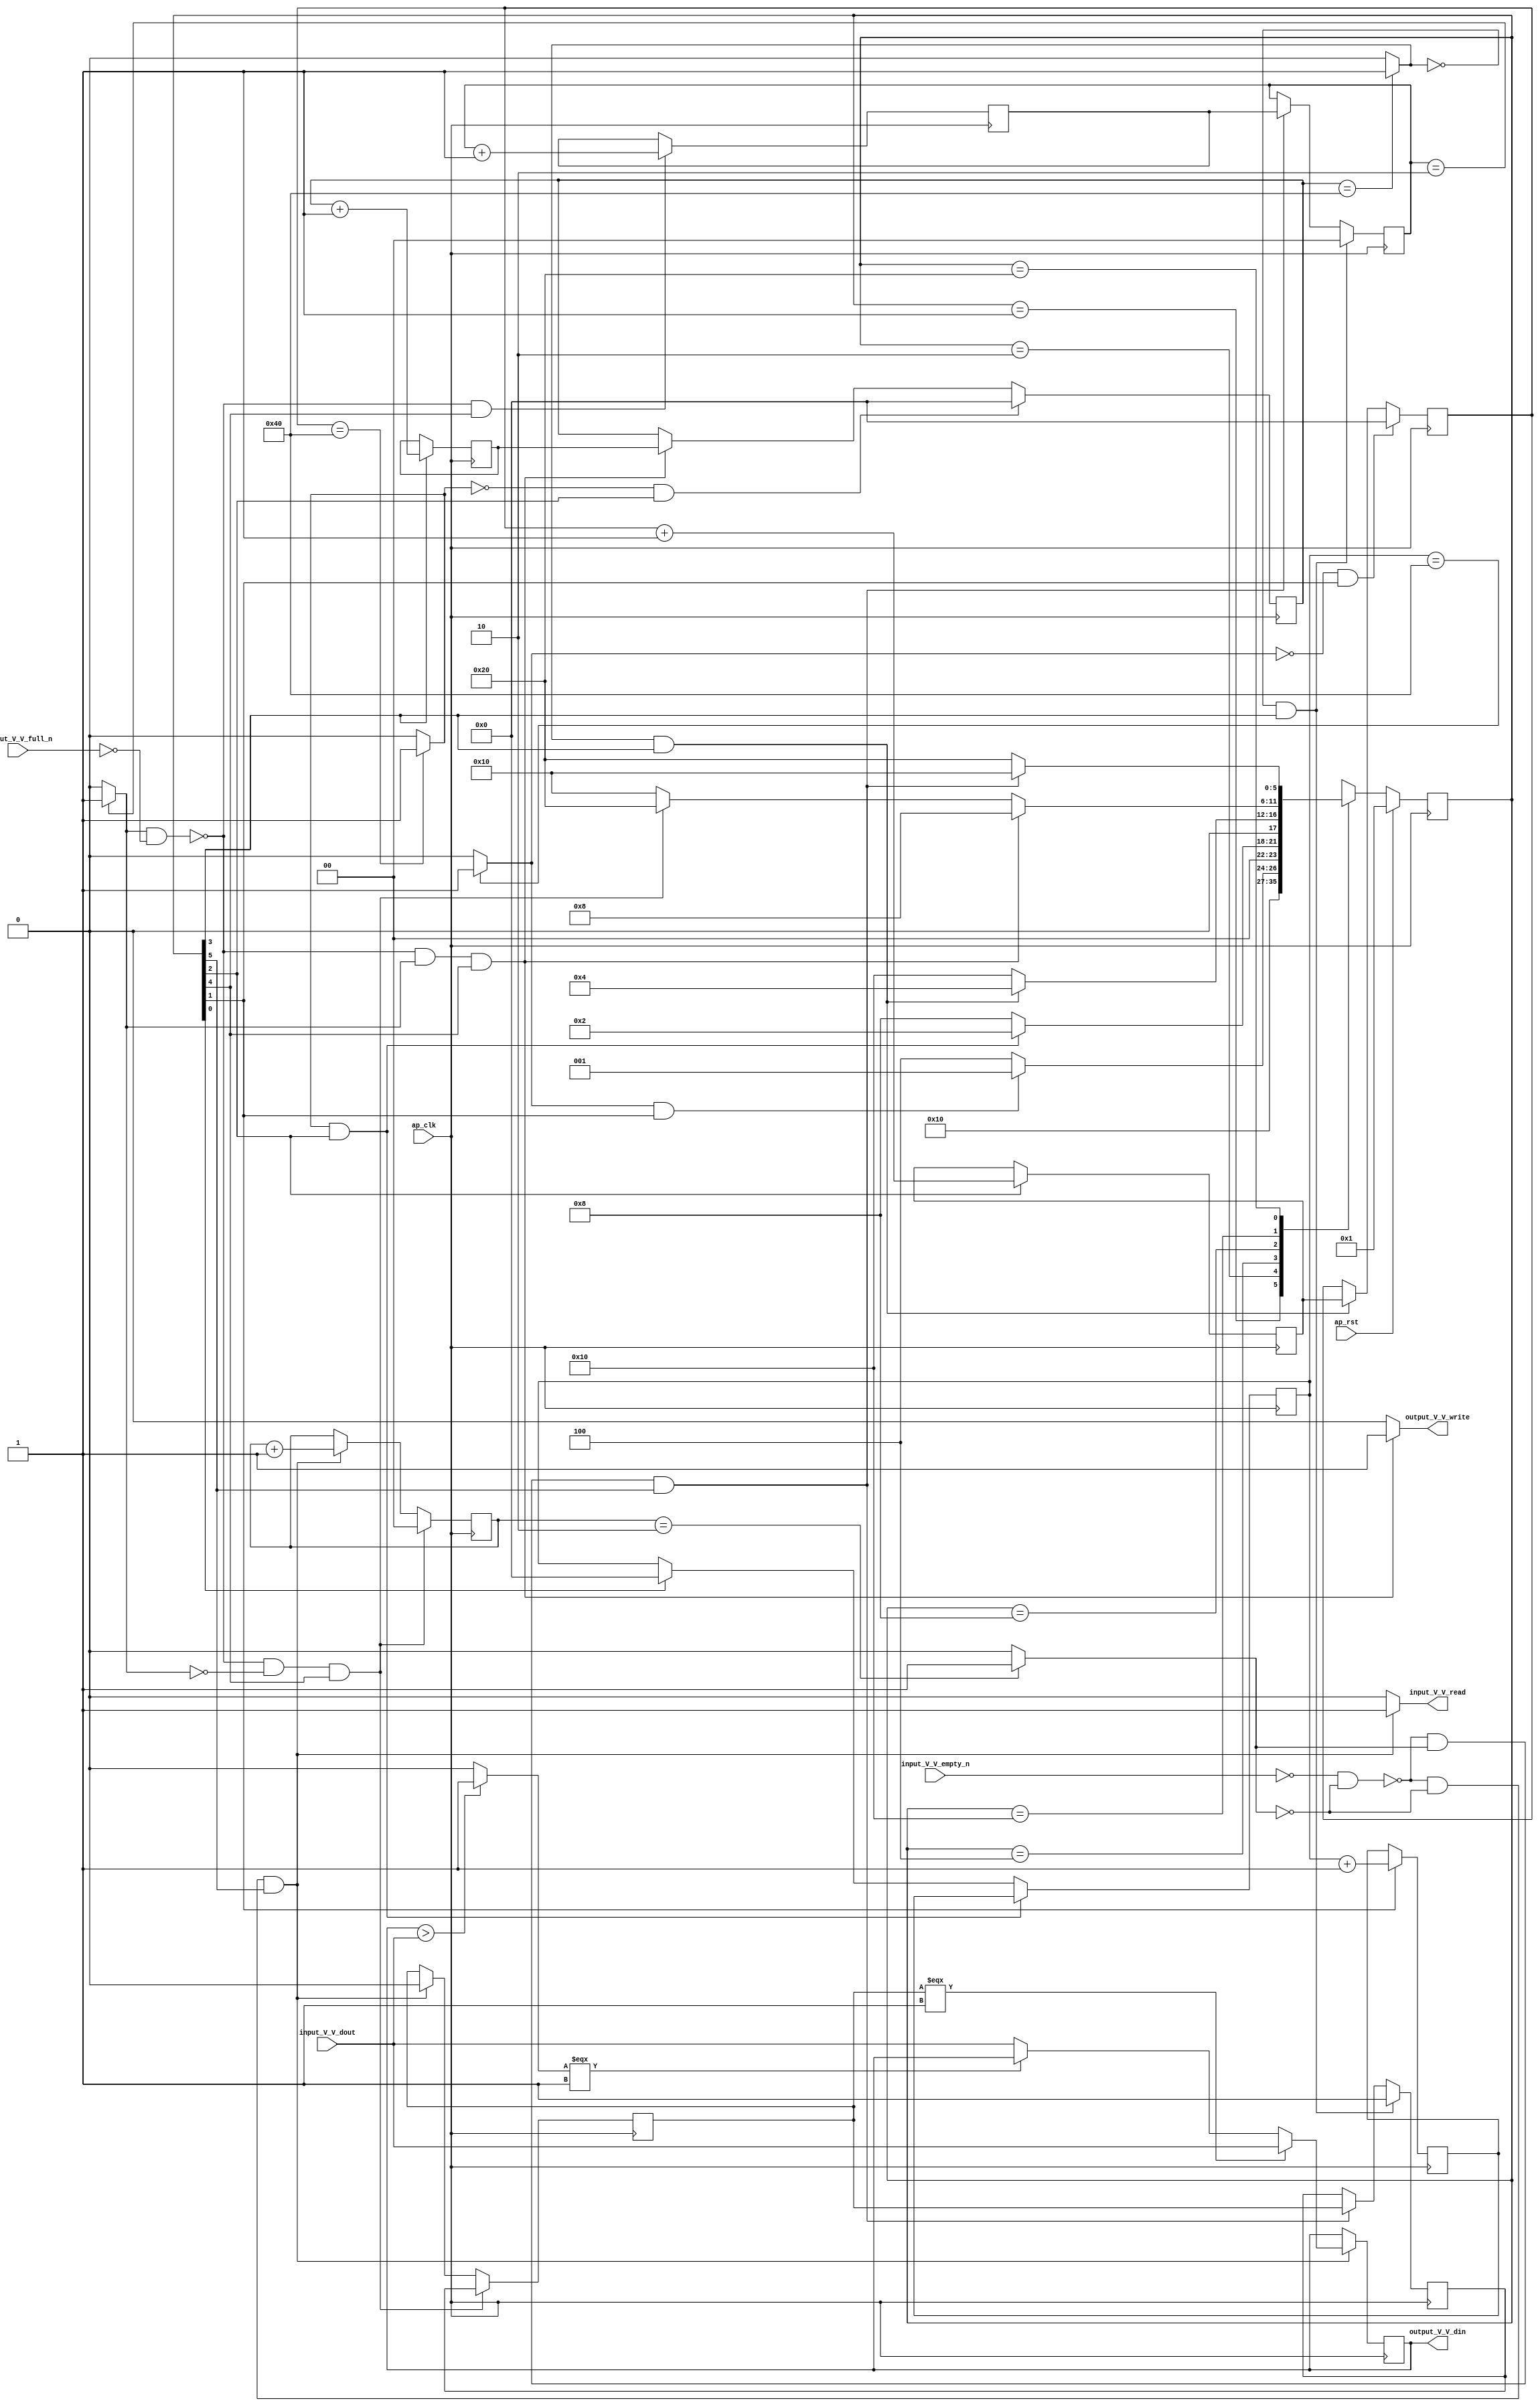
// ==============================================================
// RTL generated by Vivado(TM) HLS - High-Level Synthesis from C, C++ and SystemC
// Version: 2017.4
// Copyright (C) 1986-2017 Xilinx, Inc. All Rights Reserved.
// 
// ===========================================================

`timescale 1 ns / 1 ps 

(* CORE_GENERATION_INFO="maxpool_1,hls_ip_2017_4,{HLS_INPUT_TYPE=cxx,HLS_INPUT_FLOAT=0,HLS_INPUT_FIXED=1,HLS_INPUT_PART=xczu9eg-ffvb1156-2-e,HLS_INPUT_CLOCK=10.000000,HLS_INPUT_ARCH=others,HLS_SYN_CLOCK=3.420000,HLS_SYN_LAT=2629761,HLS_SYN_TPT=none,HLS_SYN_MEM=0,HLS_SYN_DSP=0,HLS_SYN_FF=72,HLS_SYN_LUT=296}" *)

module maxpool_1 (
        ap_clk,
        ap_rst,
        input_V_V_dout,
        input_V_V_empty_n,
        input_V_V_read,
        output_V_V_din,
        output_V_V_full_n,
        output_V_V_write
);

parameter    ap_ST_fsm_state1 = 6'd1;
parameter    ap_ST_fsm_state2 = 6'd2;
parameter    ap_ST_fsm_state3 = 6'd4;
parameter    ap_ST_fsm_state4 = 6'd8;
parameter    ap_ST_fsm_state5 = 6'd16;
parameter    ap_ST_fsm_state6 = 6'd32;

input   ap_clk;
input   ap_rst;
input  [15:0] input_V_V_dout;
input   input_V_V_empty_n;
output   input_V_V_read;
output  [15:0] output_V_V_din;
input   output_V_V_full_n;
output   output_V_V_write;

reg input_V_V_read;
reg output_V_V_write;

reg    input_V_V_blk_n;
(* fsm_encoding = "none" *) reg   [5:0] ap_CS_fsm;
wire    ap_CS_fsm_state6;
wire   [0:0] exitcond_fu_225_p2;
reg    output_V_V_blk_n;
wire    ap_CS_fsm_state5;
wire   [0:0] exitcond4_fu_213_p2;
wire   [6:0] hout_1_fu_183_p2;
reg   [6:0] hout_1_reg_273;
wire    ap_CS_fsm_state2;
wire   [6:0] wout_1_fu_195_p2;
reg   [6:0] wout_1_reg_281;
wire    ap_CS_fsm_state3;
wire   [6:0] pout_1_fu_207_p2;
reg   [6:0] pout_1_reg_289;
wire    ap_CS_fsm_state4;
wire   [1:0] hkern_1_fu_219_p2;
reg   [1:0] hkern_1_reg_297;
reg    ap_block_state5;
wire   [1:0] wkern_1_fu_231_p2;
reg    ap_block_state6;
reg   [6:0] hout_reg_93;
wire    ap_CS_fsm_state1;
wire   [0:0] exitcond2_fu_189_p2;
reg   [6:0] wout_reg_104;
wire   [0:0] exitcond3_fu_201_p2;
wire   [0:0] exitcond1_fu_177_p2;
reg   [6:0] pout_reg_115;
reg   [1:0] hkern_reg_126;
reg   [0:0] first_element_reg_137;
reg   [1:0] wkern_reg_149;
reg   [0:0] first_element_1_reg_160;
reg   [15:0] tmp_V_fu_76;
wire   [15:0] max_V_1_fu_251_p3;
wire   [0:0] tmp_4_fu_237_p2;
wire   [15:0] max_V_fu_243_p3;
reg   [5:0] ap_NS_fsm;

// power-on initialization
initial begin
#0 ap_CS_fsm = 6'd1;
end

always @ (posedge ap_clk) begin
    if (ap_rst == 1'b1) begin
        ap_CS_fsm <= ap_ST_fsm_state1;
    end else begin
        ap_CS_fsm <= ap_NS_fsm;
    end
end

always @ (posedge ap_clk) begin
    if ((~((exitcond4_fu_213_p2 == 1'd1) & (output_V_V_full_n == 1'b0)) & (exitcond4_fu_213_p2 == 1'd0) & (1'b1 == ap_CS_fsm_state5))) begin
        first_element_1_reg_160 <= first_element_reg_137;
    end else if ((~((input_V_V_empty_n == 1'b0) & (exitcond_fu_225_p2 == 1'd0)) & (exitcond_fu_225_p2 == 1'd0) & (1'b1 == ap_CS_fsm_state6))) begin
        first_element_1_reg_160 <= 1'd0;
    end
end

always @ (posedge ap_clk) begin
    if (((exitcond3_fu_201_p2 == 1'd0) & (1'b1 == ap_CS_fsm_state4))) begin
        first_element_reg_137 <= 1'd1;
    end else if ((~((input_V_V_empty_n == 1'b0) & (exitcond_fu_225_p2 == 1'd0)) & (exitcond_fu_225_p2 == 1'd1) & (1'b1 == ap_CS_fsm_state6))) begin
        first_element_reg_137 <= first_element_1_reg_160;
    end
end

always @ (posedge ap_clk) begin
    if (((exitcond3_fu_201_p2 == 1'd0) & (1'b1 == ap_CS_fsm_state4))) begin
        hkern_reg_126 <= 2'd0;
    end else if ((~((input_V_V_empty_n == 1'b0) & (exitcond_fu_225_p2 == 1'd0)) & (exitcond_fu_225_p2 == 1'd1) & (1'b1 == ap_CS_fsm_state6))) begin
        hkern_reg_126 <= hkern_1_reg_297;
    end
end

always @ (posedge ap_clk) begin
    if (((exitcond2_fu_189_p2 == 1'd1) & (1'b1 == ap_CS_fsm_state3))) begin
        hout_reg_93 <= hout_1_reg_273;
    end else if ((1'b1 == ap_CS_fsm_state1)) begin
        hout_reg_93 <= 7'd0;
    end
end

always @ (posedge ap_clk) begin
    if (((exitcond2_fu_189_p2 == 1'd0) & (1'b1 == ap_CS_fsm_state3))) begin
        pout_reg_115 <= 7'd0;
    end else if ((~((exitcond4_fu_213_p2 == 1'd1) & (output_V_V_full_n == 1'b0)) & (exitcond4_fu_213_p2 == 1'd1) & (1'b1 == ap_CS_fsm_state5))) begin
        pout_reg_115 <= pout_1_reg_289;
    end
end

always @ (posedge ap_clk) begin
    if ((~((exitcond4_fu_213_p2 == 1'd1) & (output_V_V_full_n == 1'b0)) & (exitcond4_fu_213_p2 == 1'd0) & (1'b1 == ap_CS_fsm_state5))) begin
        wkern_reg_149 <= 2'd0;
    end else if ((~((input_V_V_empty_n == 1'b0) & (exitcond_fu_225_p2 == 1'd0)) & (exitcond_fu_225_p2 == 1'd0) & (1'b1 == ap_CS_fsm_state6))) begin
        wkern_reg_149 <= wkern_1_fu_231_p2;
    end
end

always @ (posedge ap_clk) begin
    if (((exitcond1_fu_177_p2 == 1'd0) & (1'b1 == ap_CS_fsm_state2))) begin
        wout_reg_104 <= 7'd0;
    end else if (((exitcond3_fu_201_p2 == 1'd1) & (1'b1 == ap_CS_fsm_state4))) begin
        wout_reg_104 <= wout_1_reg_281;
    end
end

always @ (posedge ap_clk) begin
    if ((~((exitcond4_fu_213_p2 == 1'd1) & (output_V_V_full_n == 1'b0)) & (1'b1 == ap_CS_fsm_state5))) begin
        hkern_1_reg_297 <= hkern_1_fu_219_p2;
    end
end

always @ (posedge ap_clk) begin
    if ((1'b1 == ap_CS_fsm_state2)) begin
        hout_1_reg_273 <= hout_1_fu_183_p2;
    end
end

always @ (posedge ap_clk) begin
    if ((1'b1 == ap_CS_fsm_state4)) begin
        pout_1_reg_289 <= pout_1_fu_207_p2;
    end
end

always @ (posedge ap_clk) begin
    if ((~((input_V_V_empty_n == 1'b0) & (exitcond_fu_225_p2 == 1'd0)) & (exitcond_fu_225_p2 == 1'd0) & (1'b1 == ap_CS_fsm_state6))) begin
        tmp_V_fu_76 <= max_V_1_fu_251_p3;
    end
end

always @ (posedge ap_clk) begin
    if ((1'b1 == ap_CS_fsm_state3)) begin
        wout_1_reg_281 <= wout_1_fu_195_p2;
    end
end

always @ (*) begin
    if (((exitcond_fu_225_p2 == 1'd0) & (1'b1 == ap_CS_fsm_state6))) begin
        input_V_V_blk_n = input_V_V_empty_n;
    end else begin
        input_V_V_blk_n = 1'b1;
    end
end

always @ (*) begin
    if ((~((input_V_V_empty_n == 1'b0) & (exitcond_fu_225_p2 == 1'd0)) & (exitcond_fu_225_p2 == 1'd0) & (1'b1 == ap_CS_fsm_state6))) begin
        input_V_V_read = 1'b1;
    end else begin
        input_V_V_read = 1'b0;
    end
end

always @ (*) begin
    if (((exitcond4_fu_213_p2 == 1'd1) & (1'b1 == ap_CS_fsm_state5))) begin
        output_V_V_blk_n = output_V_V_full_n;
    end else begin
        output_V_V_blk_n = 1'b1;
    end
end

always @ (*) begin
    if ((~((exitcond4_fu_213_p2 == 1'd1) & (output_V_V_full_n == 1'b0)) & (exitcond4_fu_213_p2 == 1'd1) & (1'b1 == ap_CS_fsm_state5))) begin
        output_V_V_write = 1'b1;
    end else begin
        output_V_V_write = 1'b0;
    end
end

always @ (*) begin
    case (ap_CS_fsm)
        ap_ST_fsm_state1 : begin
            ap_NS_fsm = ap_ST_fsm_state2;
        end
        ap_ST_fsm_state2 : begin
            if (((exitcond1_fu_177_p2 == 1'd1) & (1'b1 == ap_CS_fsm_state2))) begin
                ap_NS_fsm = ap_ST_fsm_state1;
            end else begin
                ap_NS_fsm = ap_ST_fsm_state3;
            end
        end
        ap_ST_fsm_state3 : begin
            if (((exitcond2_fu_189_p2 == 1'd1) & (1'b1 == ap_CS_fsm_state3))) begin
                ap_NS_fsm = ap_ST_fsm_state2;
            end else begin
                ap_NS_fsm = ap_ST_fsm_state4;
            end
        end
        ap_ST_fsm_state4 : begin
            if (((exitcond3_fu_201_p2 == 1'd1) & (1'b1 == ap_CS_fsm_state4))) begin
                ap_NS_fsm = ap_ST_fsm_state3;
            end else begin
                ap_NS_fsm = ap_ST_fsm_state5;
            end
        end
        ap_ST_fsm_state5 : begin
            if ((~((exitcond4_fu_213_p2 == 1'd1) & (output_V_V_full_n == 1'b0)) & (exitcond4_fu_213_p2 == 1'd1) & (1'b1 == ap_CS_fsm_state5))) begin
                ap_NS_fsm = ap_ST_fsm_state4;
            end else if ((~((exitcond4_fu_213_p2 == 1'd1) & (output_V_V_full_n == 1'b0)) & (exitcond4_fu_213_p2 == 1'd0) & (1'b1 == ap_CS_fsm_state5))) begin
                ap_NS_fsm = ap_ST_fsm_state6;
            end else begin
                ap_NS_fsm = ap_ST_fsm_state5;
            end
        end
        ap_ST_fsm_state6 : begin
            if ((~((input_V_V_empty_n == 1'b0) & (exitcond_fu_225_p2 == 1'd0)) & (exitcond_fu_225_p2 == 1'd1) & (1'b1 == ap_CS_fsm_state6))) begin
                ap_NS_fsm = ap_ST_fsm_state5;
            end else if ((~((input_V_V_empty_n == 1'b0) & (exitcond_fu_225_p2 == 1'd0)) & (exitcond_fu_225_p2 == 1'd0) & (1'b1 == ap_CS_fsm_state6))) begin
                ap_NS_fsm = ap_ST_fsm_state6;
            end else begin
                ap_NS_fsm = ap_ST_fsm_state6;
            end
        end
        default : begin
            ap_NS_fsm = 'bx;
        end
    endcase
end

assign ap_CS_fsm_state1 = ap_CS_fsm[32'd0];

assign ap_CS_fsm_state2 = ap_CS_fsm[32'd1];

assign ap_CS_fsm_state3 = ap_CS_fsm[32'd2];

assign ap_CS_fsm_state4 = ap_CS_fsm[32'd3];

assign ap_CS_fsm_state5 = ap_CS_fsm[32'd4];

assign ap_CS_fsm_state6 = ap_CS_fsm[32'd5];

always @ (*) begin
    ap_block_state5 = ((exitcond4_fu_213_p2 == 1'd1) & (output_V_V_full_n == 1'b0));
end

always @ (*) begin
    ap_block_state6 = ((input_V_V_empty_n == 1'b0) & (exitcond_fu_225_p2 == 1'd0));
end

assign exitcond1_fu_177_p2 = ((hout_reg_93 == 7'd64) ? 1'b1 : 1'b0);

assign exitcond2_fu_189_p2 = ((wout_reg_104 == 7'd64) ? 1'b1 : 1'b0);

assign exitcond3_fu_201_p2 = ((pout_reg_115 == 7'd64) ? 1'b1 : 1'b0);

assign exitcond4_fu_213_p2 = ((hkern_reg_126 == 2'd2) ? 1'b1 : 1'b0);

assign exitcond_fu_225_p2 = ((wkern_reg_149 == 2'd2) ? 1'b1 : 1'b0);

assign hkern_1_fu_219_p2 = (hkern_reg_126 + 2'd1);

assign hout_1_fu_183_p2 = (hout_reg_93 + 7'd1);

assign max_V_1_fu_251_p3 = ((first_element_1_reg_160[0:0] === 1'b1) ? input_V_V_dout : max_V_fu_243_p3);

assign max_V_fu_243_p3 = ((tmp_4_fu_237_p2[0:0] === 1'b1) ? tmp_V_fu_76 : input_V_V_dout);

assign output_V_V_din = tmp_V_fu_76;

assign pout_1_fu_207_p2 = (pout_reg_115 + 7'd1);

assign tmp_4_fu_237_p2 = (($signed(tmp_V_fu_76) > $signed(input_V_V_dout)) ? 1'b1 : 1'b0);

assign wkern_1_fu_231_p2 = (wkern_reg_149 + 2'd1);

assign wout_1_fu_195_p2 = (wout_reg_104 + 7'd1);

endmodule //maxpool_1